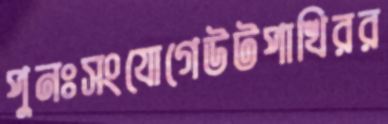
পুনঃসংযোগেউটপাখিরর